65_HS1-834228961_62-HQ-83894_Section_2
Agency: FBI
Page 182
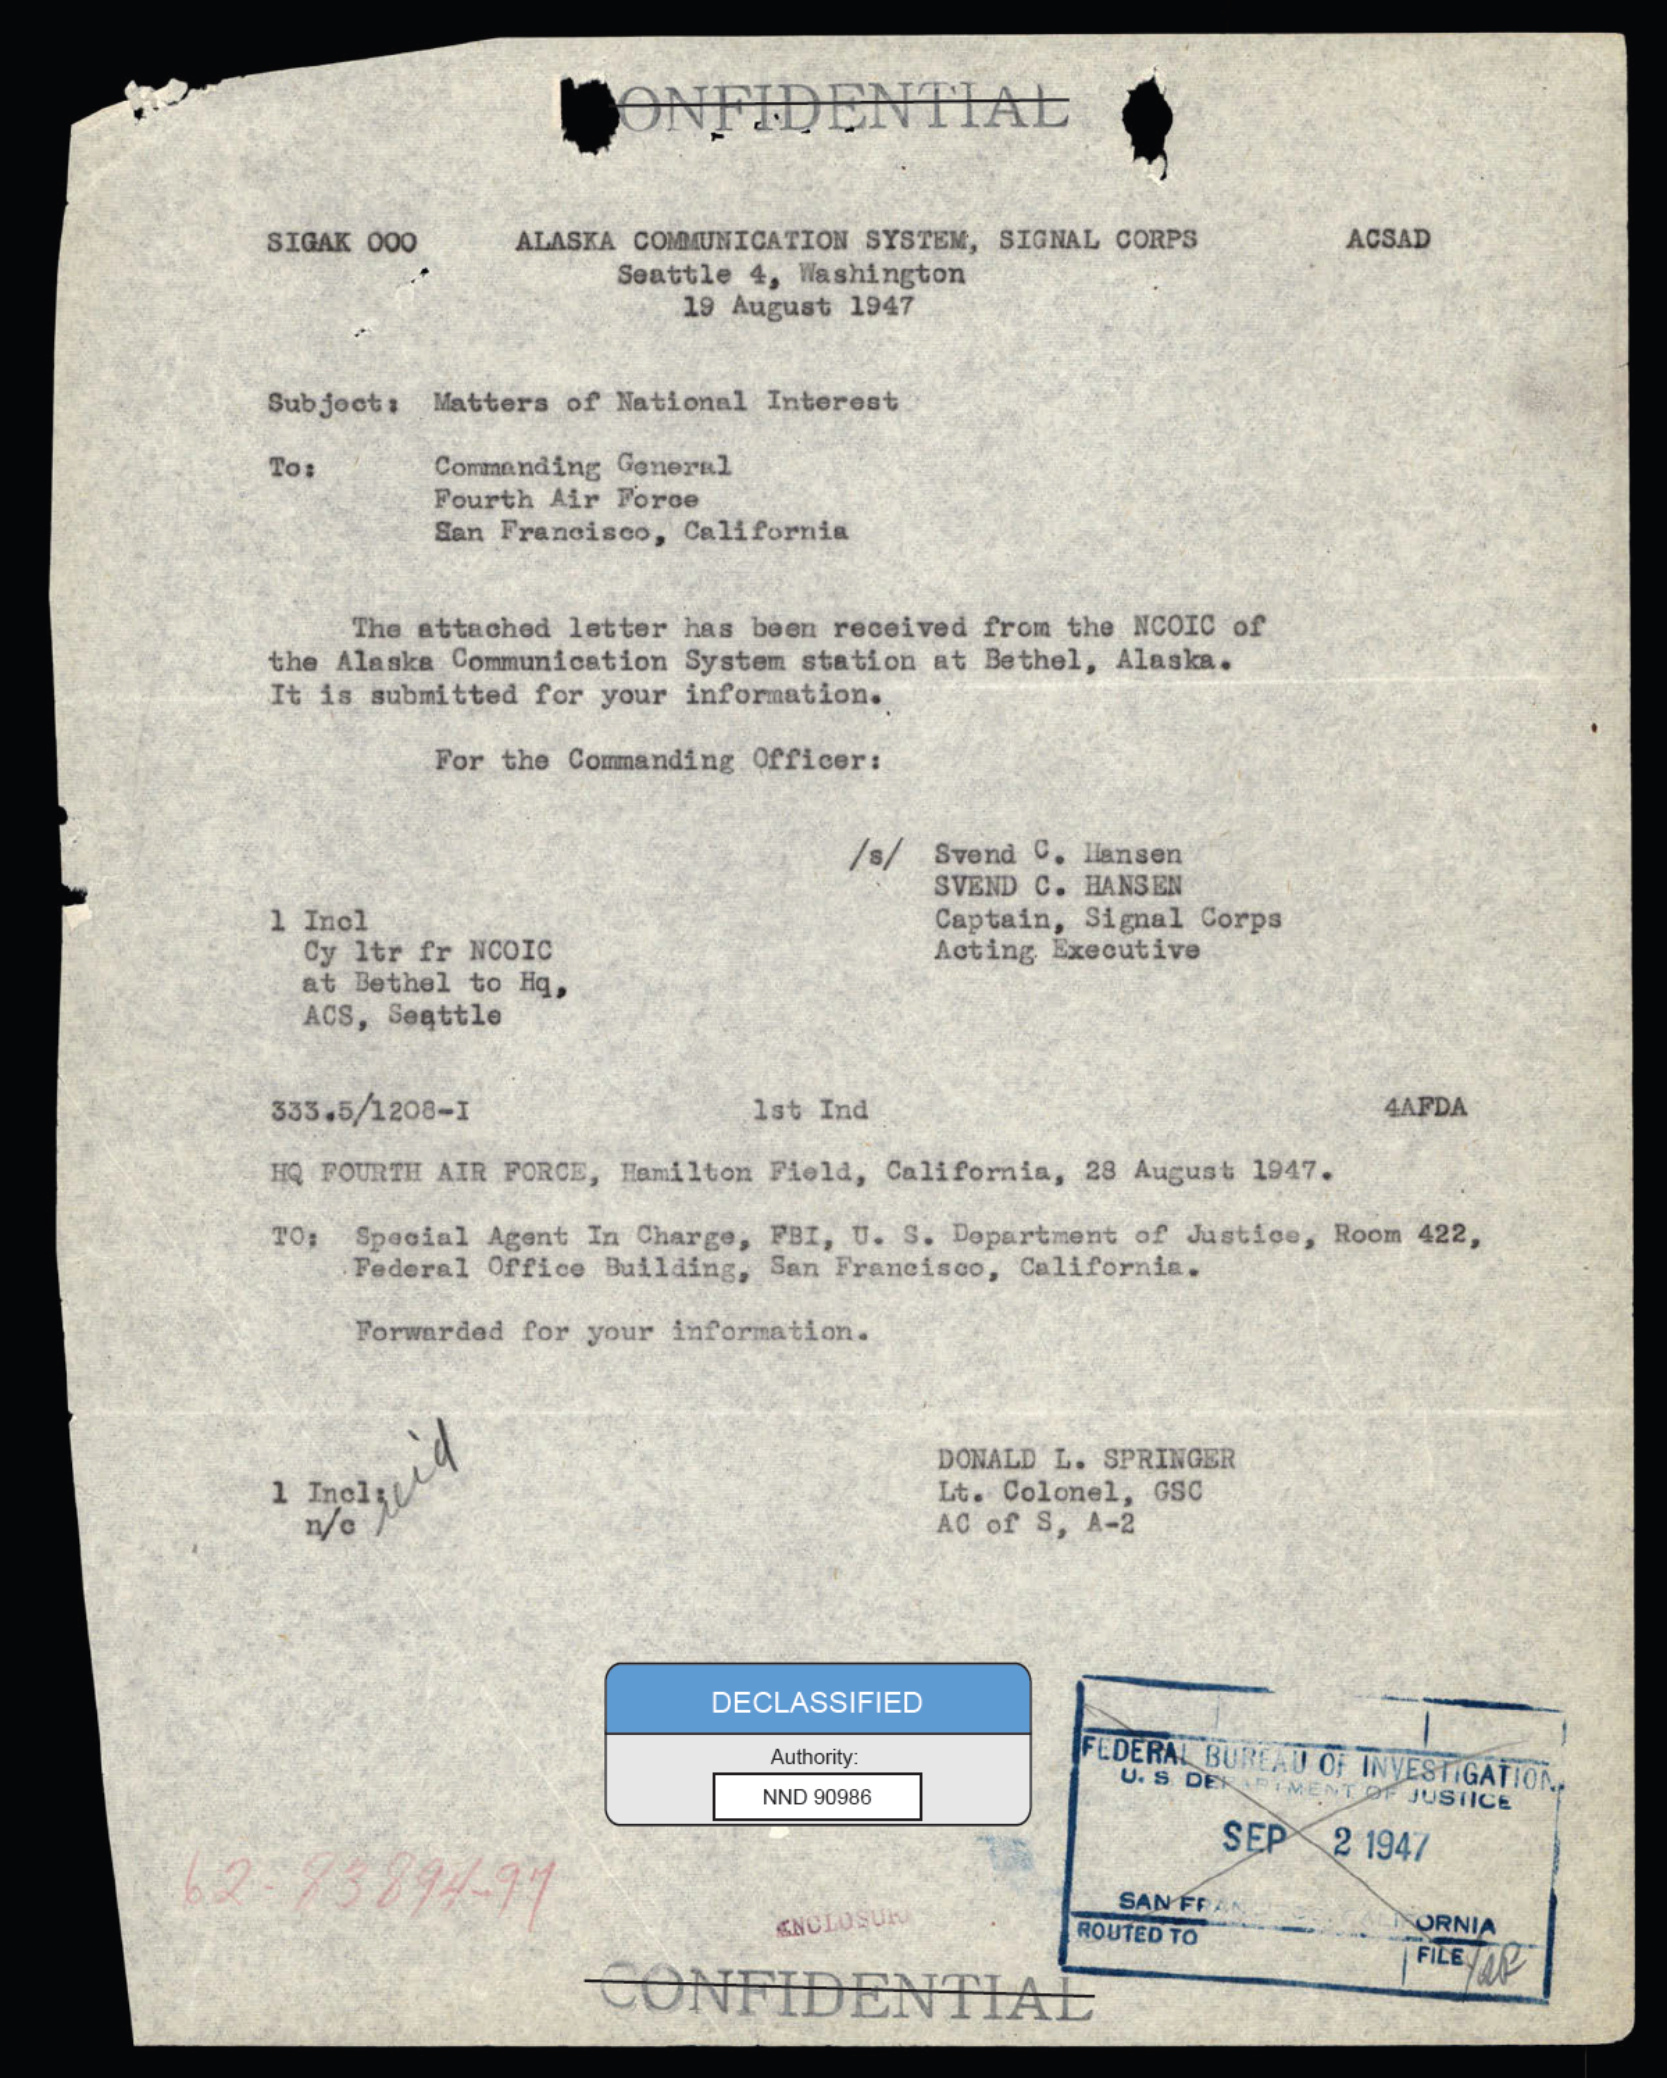